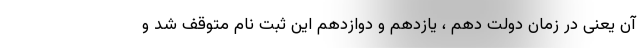
آن یعنی در زمان دولت دهم ، یازدهم و دوازدهم این ثبت نام متوقف شد و